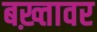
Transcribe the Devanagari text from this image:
बख़्तावर